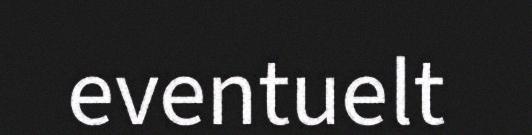
eventuelt